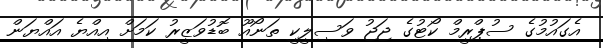
އެގައުމުގެ ސުޕްރީމް ކޯޓުގެ ޖަޖު ވަސިލީކީ ތަނޯއޫ ބޮޑުވަޒީރު ކަމަށް އިއްޔެ އައްޔަން